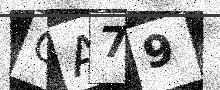
Text: OA79